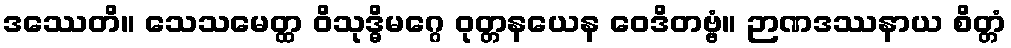
ဒဿေတိ။ သေသမေတ္ထ ဝိသုဒ္ဓိမဂ္ဂေ ဝုတ္တနယေန ဝေဒိတဗ္ဗံ။ ဉာဏဒဿနာယ စိတ္တံ